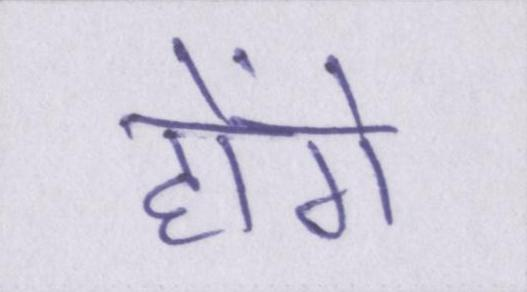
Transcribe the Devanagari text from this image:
होंगे